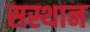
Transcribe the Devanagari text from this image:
सस्थान